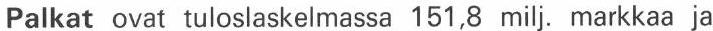
Palkat ovat tuloslaskelmassa 151,8 milj. markkaa ja